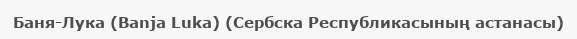
Баня-Лука (Banja Luka) (Сербска Республикасының астанасы)